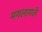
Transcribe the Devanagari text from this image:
मगलागलें